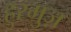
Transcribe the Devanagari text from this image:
हुरमुज़